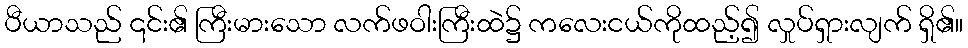
ပီယာသည် ၎င်း၏ ကြီးမားသော လက်ဖဝါးကြီးထဲ၌ ကလေးငယ်ကိုထည့်၍ လှုပ်ရှားလျက် ရှိ၏။